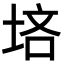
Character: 𪣠